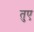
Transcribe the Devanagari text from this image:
तुए